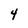
Character: 4